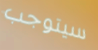
سيتوجب